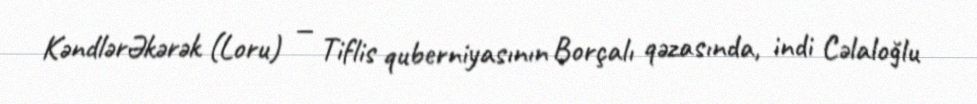
KəndlərƏkərək (Loru) — Tiflis quberniyasının Borçalı qəzasında, indi Cəlaloğlu